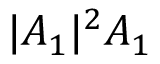
| A _ { 1 } | ^ { 2 } A _ { 1 }